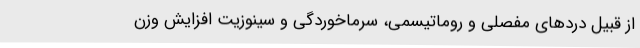
از قبیل درد‌های مفصلی و روماتیسمی، سرماخوردگی و سینوزیت افزایش وزن